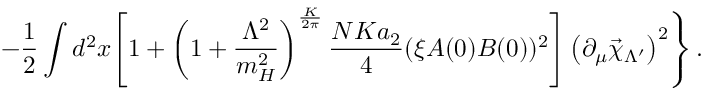
\left. - \frac 1 2 \int d ^ { 2 } x \Biggl [ 1 + \left( 1 + \frac { \Lambda ^ { 2 } } { m _ { H } ^ { 2 } } \right) ^ { \frac { K } { 2 \pi } } \frac { N K a _ { 2 } } { 4 } ( \xi A ( 0 ) B ( 0 ) ) ^ { 2 } \Biggr ] \left( \partial _ { \mu } \vec { \chi } _ { \Lambda ^ { \prime } } \right) ^ { 2 } \right\} .